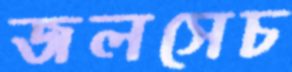
জলসেচ